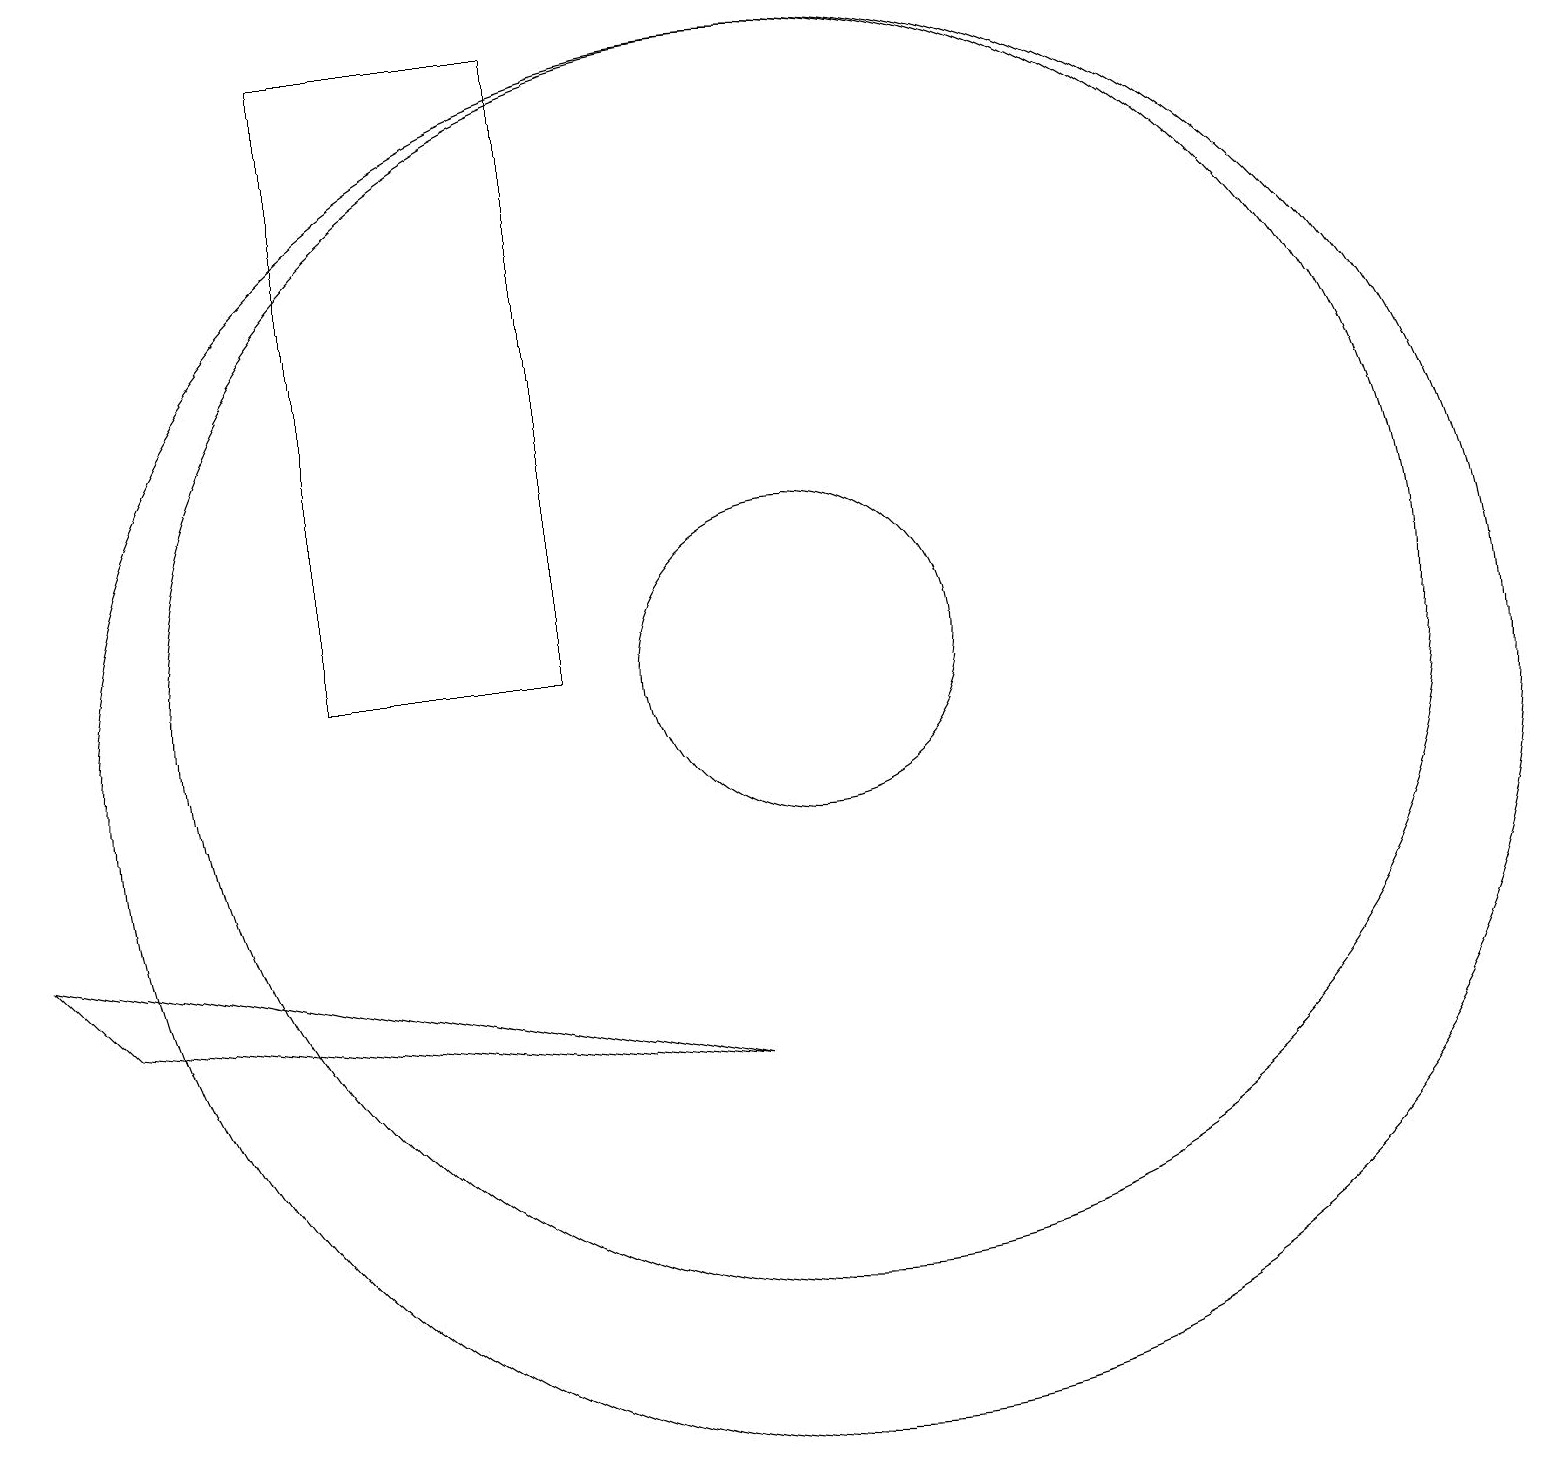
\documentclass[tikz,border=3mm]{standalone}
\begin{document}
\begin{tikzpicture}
\draw (4,19) rectangle (7,11);
\draw (10,11) circle (2);
\draw (10,10) circle (9);
\draw (9,6) -- (0,8) -- (1,7) -- cycle;
\draw (10,11) circle (8);
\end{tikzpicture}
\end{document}